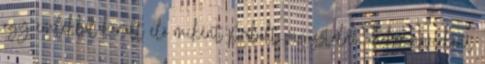
egy emlékből került elő miként próbált vigasztalni, mikor nővérként